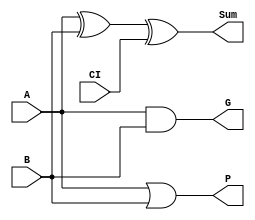
/* add1.v - 1-bit adder */
module add1(
            A,
            B,
            CI,
            Sum,
            P,
            G
            );
   // Inputs
   input A, B, CI;
   
   // Outputs
   output Sum, G, P;

   assign Sum = A ^ B ^ CI;
   assign G   = A & B;
   assign P   = A | B;
endmodule // fa